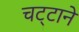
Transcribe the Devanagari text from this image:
चट्‍टानें